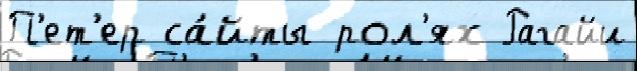
П'ет'ер са́йты рол'ях Рагайи